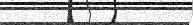
٢٤٤